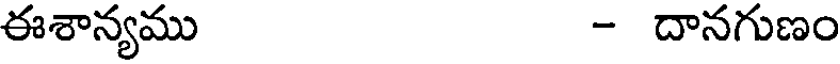
ఈశాన్యము - దానగుణం